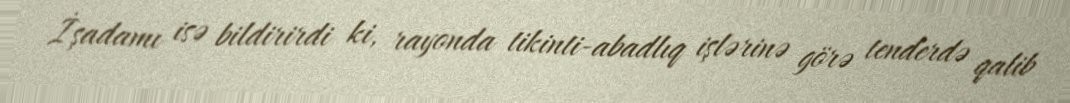
İşadamı isə bildirirdi ki, rayonda tikinti-abadlıq işlərinə görə tenderdə qalib